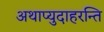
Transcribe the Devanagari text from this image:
अथाप्युदाहरन्ति